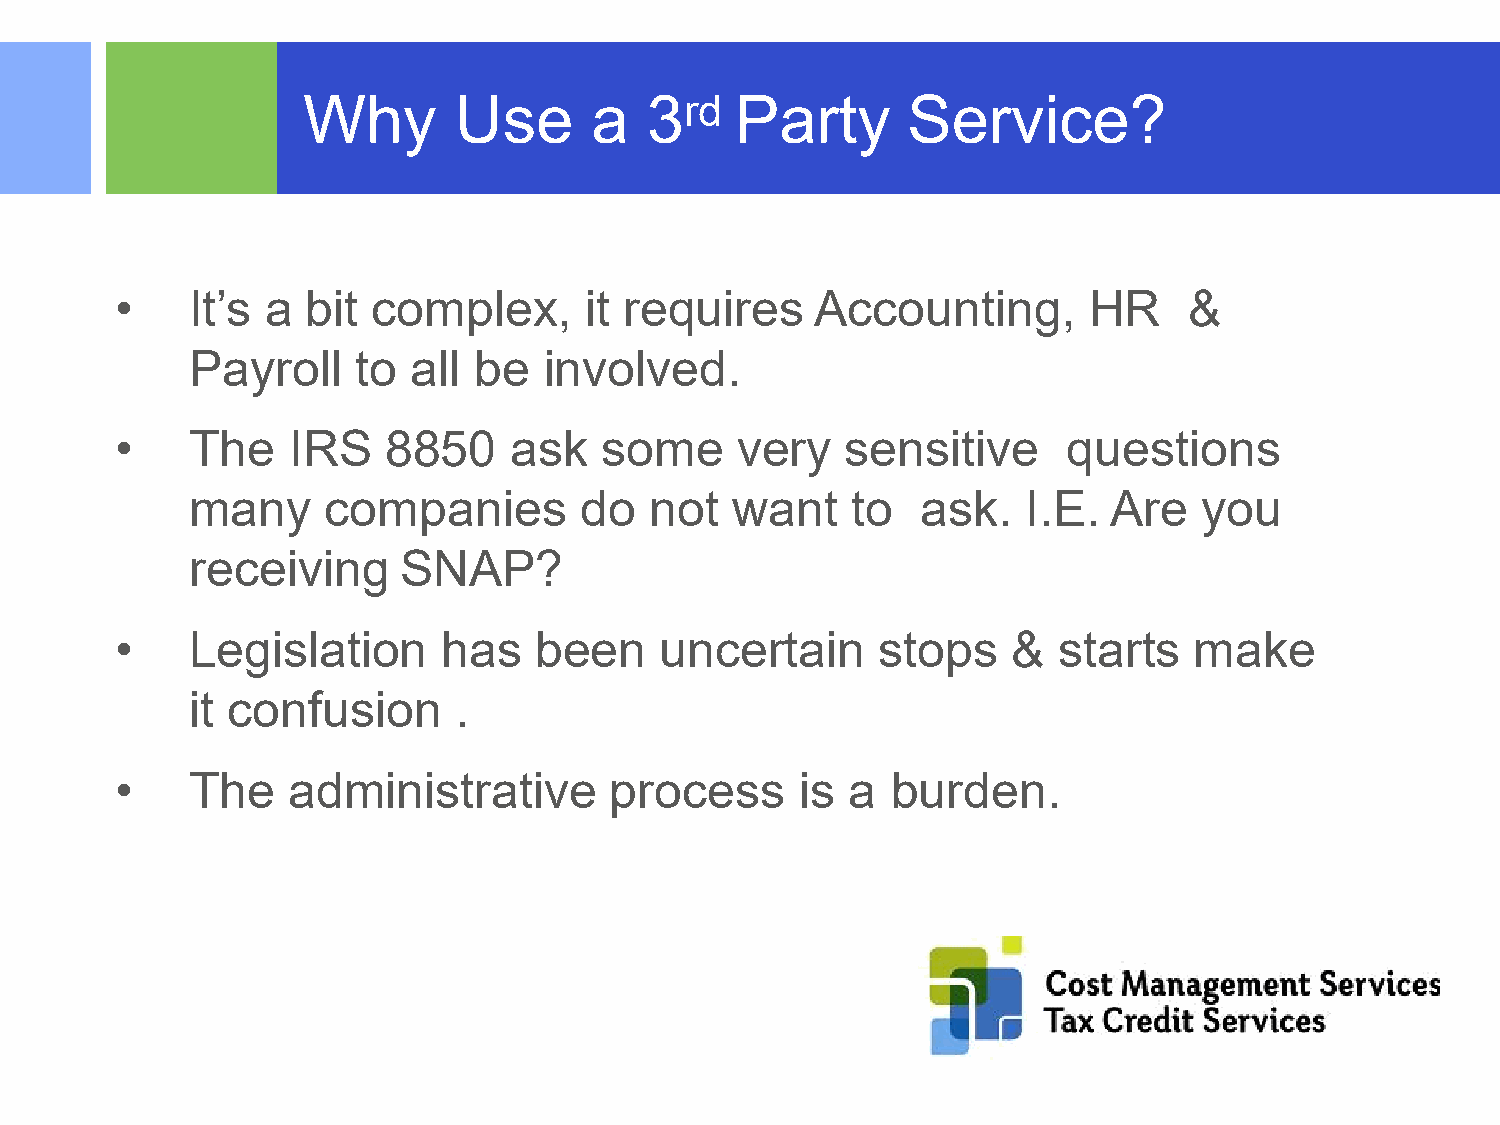
Why       Use      a   3rd   Party      Service?
 •    It’s a bit  complex,      it requires    Accounting,       HR     &
 Payroll    to all be   involved.
 •    The   IRS    8850    ask   some     very   sensitive      questions
 many     companies       do   not  want    to   ask.   I.E.  Are   you
 receiving    SNAP?
 •    Legislation     has   been     uncertain     stops    &  starts   make
 it confusion     .
 •    The   administrative       process      is a  burden.
 ©2015 RSM US LLP. All RightsReserved.